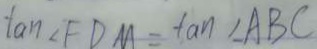
\tan \angle F D M = \tan \angle A B C